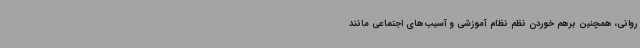
روانی، همچنین برهم خوردن نظم نظام آموزشی و آسیب‌های اجتماعی مانند